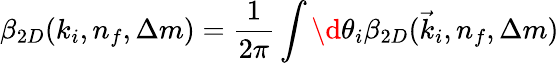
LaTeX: \beta_{2D}(k_{i},n_{f},\Delta m)=\frac{1}{2\pi}\int\d\theta_{i}\beta_{2D}(\vec{k}_{i},n_{f},\Delta m)